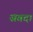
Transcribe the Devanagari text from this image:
सबद।